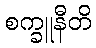
စက္ခူနီတိ